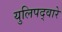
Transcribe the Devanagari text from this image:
युलिपद्वारे